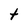
Character: t